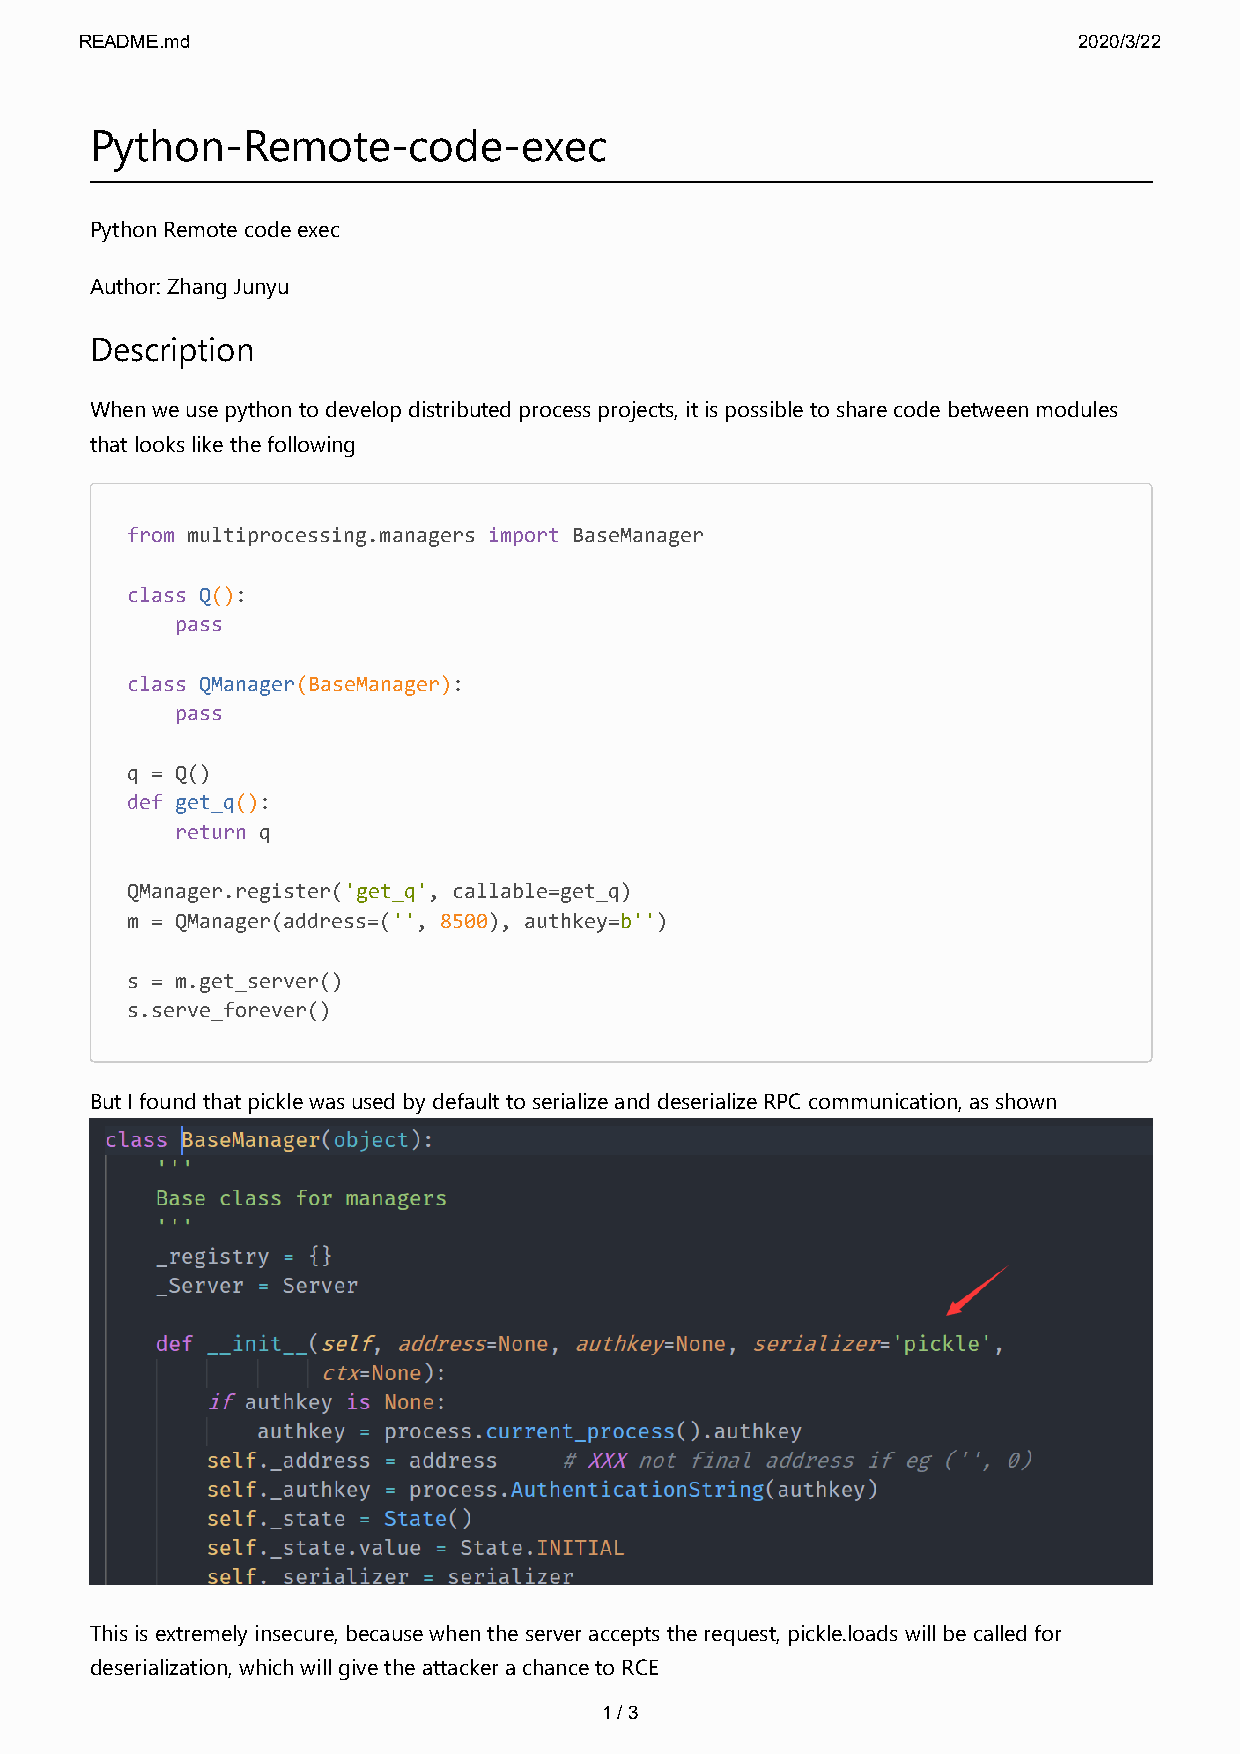
README.md                                                         2020/3/22
 Python-Remote-code-exec
 Python Remote code exec
 Author: Zhang Junyu
 Description
 When we use python to develop distributed process projects, it is possible to share code between modules
 that looks like the following
 from multiprocessing.managers import BaseManager
 class Q():
 pass
 class QManager(BaseManager):
 pass
 q = Q()
 def get_q():
 return q
 QManager.register('get_q', callable=get_q)
 m = QManager(address=('', 8500), authkey=b'')
 s = m.get_server()
 s.serve_forever()
 But I found that pickle was used by default to serialize and deserialize RPC communication, as shown
 This is extremely insecure, because when the server accepts the request, pickle.loads will be called for
 deserialization, which will give the attacker a chance to RCE
 1 / 3